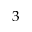
3